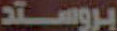
بروستد